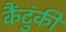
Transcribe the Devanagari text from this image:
कैंटुंकी